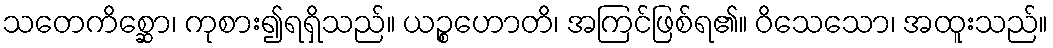
သတေကိစ္ဆော၊ ကုစား၍ရရှိသည်။ ယဉ္စဟောတိ၊ အကြင်ဖြစ်ရ၏။ ဝိသေသော၊ အထူးသည်။